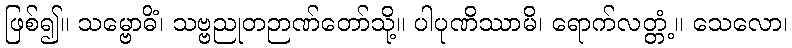
ဖြစ်၍။ သမ္ဗောဓိံ၊ သဗ္ဗညုတဉာဏ်တော်သို့။ ပါပုဏိဿာမိ၊ ရောက်လတ္တံ့။ သေလော၊